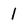
Character: l